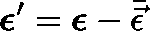
\mathbf { \boldsymbol { \epsilon } } ^ { \prime } = \mathbf { \boldsymbol { \epsilon } } - \bar { \vec { \epsilon } }